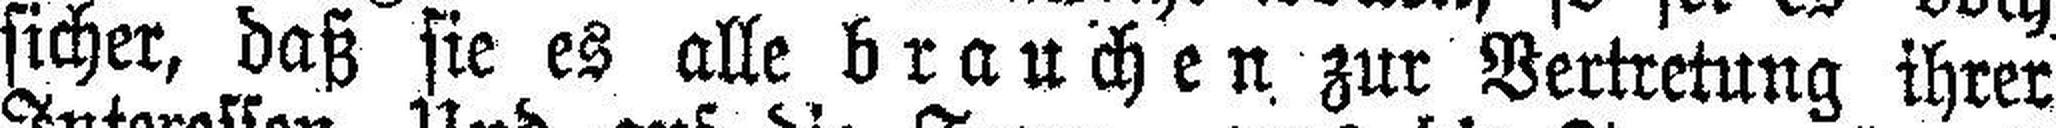
sicher, daß sie es alle brauchen zur Vertretung ihrer